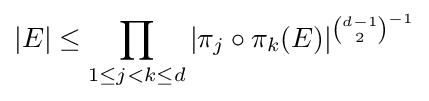
|E|\leq \prod _{1\leq j<k\leq d}|\pi _{j}\circ \pi _{k}(E)|^{{\binom {d-1}{2}}^{-1}}